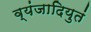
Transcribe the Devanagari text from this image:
व्यंजादियुतं